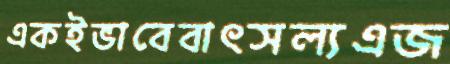
একইভাবেবাৎসল্যএজ